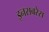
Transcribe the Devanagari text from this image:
इनसबरेस